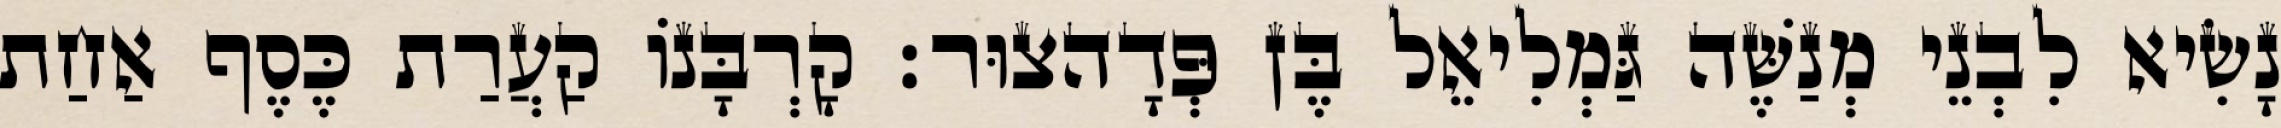
נָשִׂיא לִבְנֵי מְנַשֶּׁה גַּמְלִיאֵל בֶּן פְּדָהצוּר׃ קָרְבָּנוֹ קַעֲרַת כֶּסֶף אַחַת